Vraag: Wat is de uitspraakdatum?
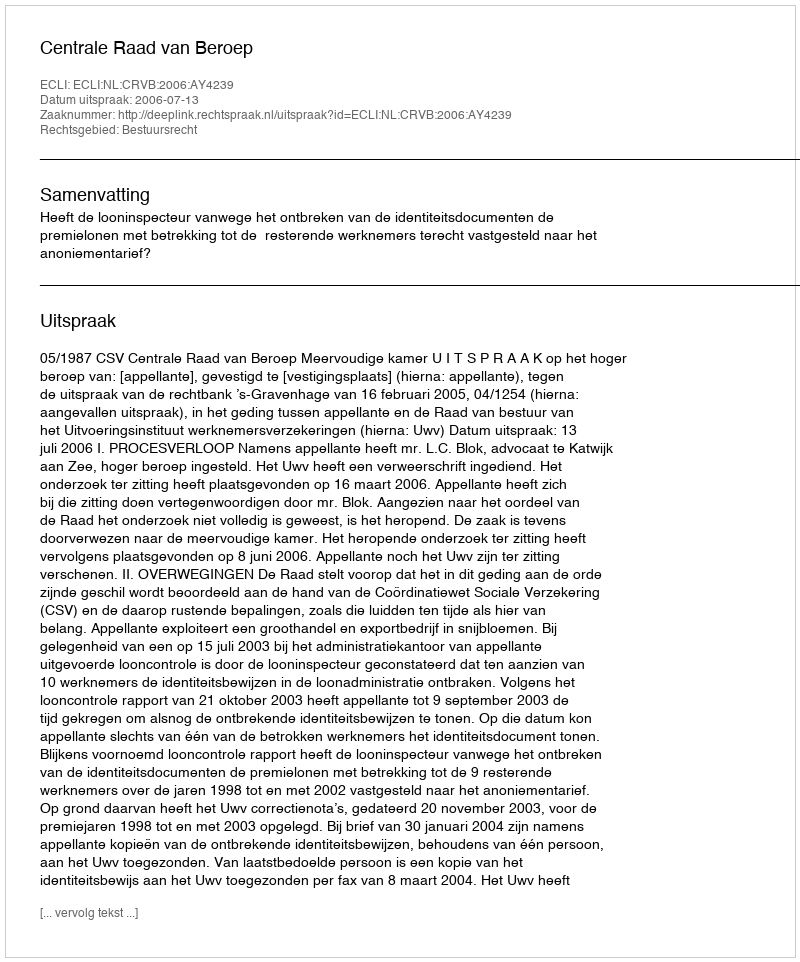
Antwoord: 2006-07-13